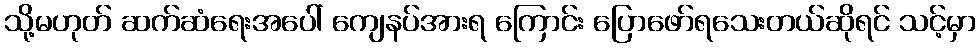
သို့မဟုတ် ဆက်ဆံရေးအပေါ် ကျေနပ်အားရ ကြောင်း ပြောဖော်ရသေးတယ်ဆိုရင် သင့်မှာ